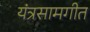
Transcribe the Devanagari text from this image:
यंत्रसामगीत